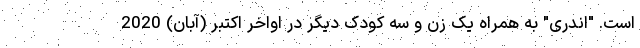
است. "اندری" به همراه یک زن و سه کودک دیگر در اواخر اکتبر (آبان) 2020